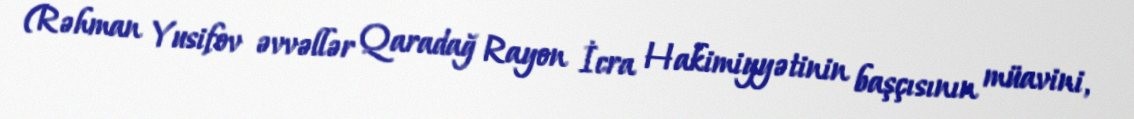
(Rəhman Yusifov əvvəllər Qaradağ Rayon İcra Hakimiyyətinin başçısının müavini,